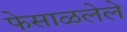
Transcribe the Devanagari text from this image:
फेसाळलेले